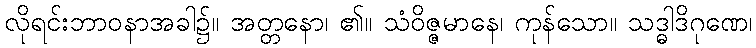
လိုရင်းဘာဝနာအခါ၌။ အတ္တနော၊ ၏။ သံဝိဇ္ဇမာနေ၊ ကုန်သော။ သဒ္ဓါဒိဂုဏေ၊